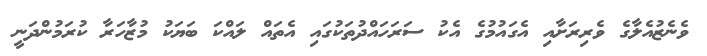
ވެނެޒުއެލާގެ ވެރިރަށާއި އެގައުމުގެ އެކު ސަރަހައްދުތަކުގައި އެތައް ލައްކަ ބަޔަކު މުޒާހަރާ ކުރަމުންދަނީ